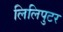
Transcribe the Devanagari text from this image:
लिलिपुटर